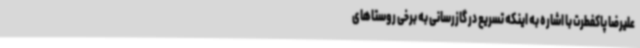
علیرضا پاکفطرت با اشاره به اینکه تسریع در گازرسانی به برخی روستاهای